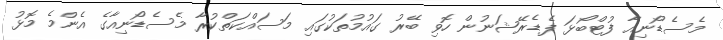
މެސެޑޯނިއާ ފުޓްބޯޅަ ފެޑެރޭޝަނުން ހޮވި ބޭރު ގައުމުތަކުގައި މަސައްކަތްކުރާ މެސެޑޯނިއާގެ އެންމެ މޮޅު